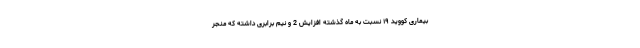
بیماری کووید ۱۹ نسبت به ماه گذشته افزایش 2 و نیم برابری داشته که منجر